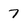
Character: 7